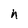
Character: h